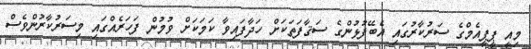
މިއީ ޕީޕީއެމްގެ ސަރުކާރުގައި އެބޭފުޅުންގެ ސަޤާފަތަކަށް ހަދާފައިވާ ކަމަކަށް ވުމުން ފަހަރެއްގައި މިސަރުކާރުންވެސް